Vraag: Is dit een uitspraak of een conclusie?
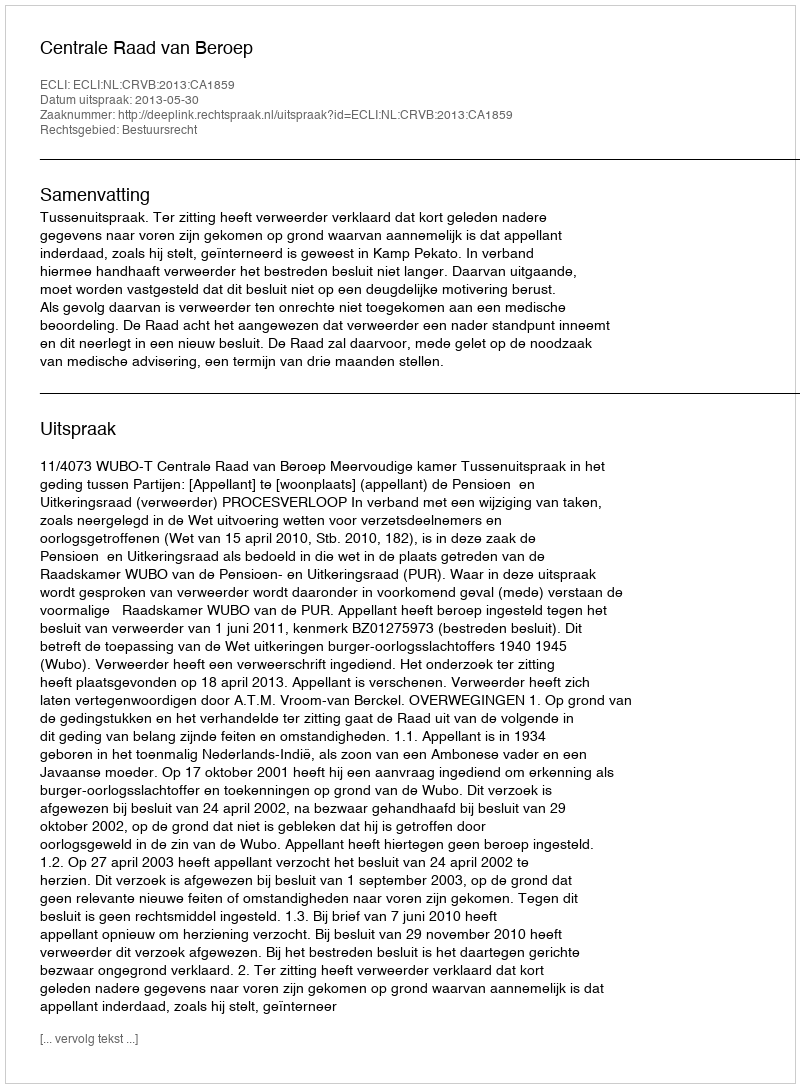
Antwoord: Uitspraak